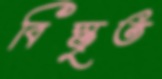
বিস্তৃত